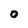
Character: O